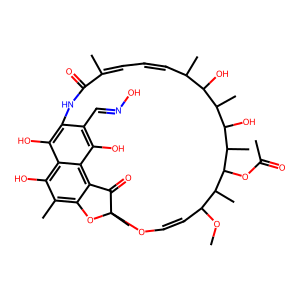
SMILES: COC1C=COC2(C)Oc3c(C)c(O)c4c(O)c(c(C=NO)c(O)c4c3C2=O)NC(=O)C(C)=CC=CC(C)C(O)C(C)C(O)C(C)C(OC(C)=O)C1C
Inhibits HIV replication: No